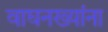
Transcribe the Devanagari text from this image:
वाघनख्यांना